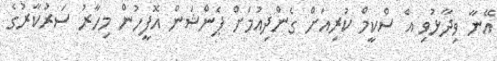
އޭނާ ވިދާޅުވި އެ ސްކީމް ކުރިއަށް ގެންދިއުމަށް ޕެންޝަން އޮފީހުން މިހާރު ސަރުކާރުގެ